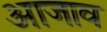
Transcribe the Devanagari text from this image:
आजाव